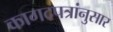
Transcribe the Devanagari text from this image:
कागदपत्रांनुसार